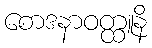
စောဒနာဝတ္ထူနိ